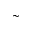
\sim